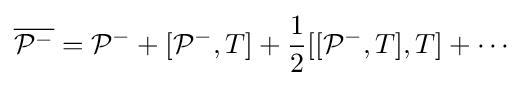
{\overline {{\mathcal {P}}^{-}}}={\mathcal {P}}^{-}+[{\mathcal {P}}^{-},T]+{\frac {1}{2}}[[{\mathcal {P}}^{-},T],T]+\cdots